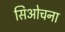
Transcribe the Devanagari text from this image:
सिओचना